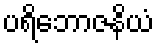
ပရိဘောဇနိယံ